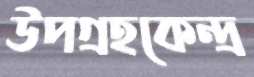
উপগ্রহকেন্দ্র